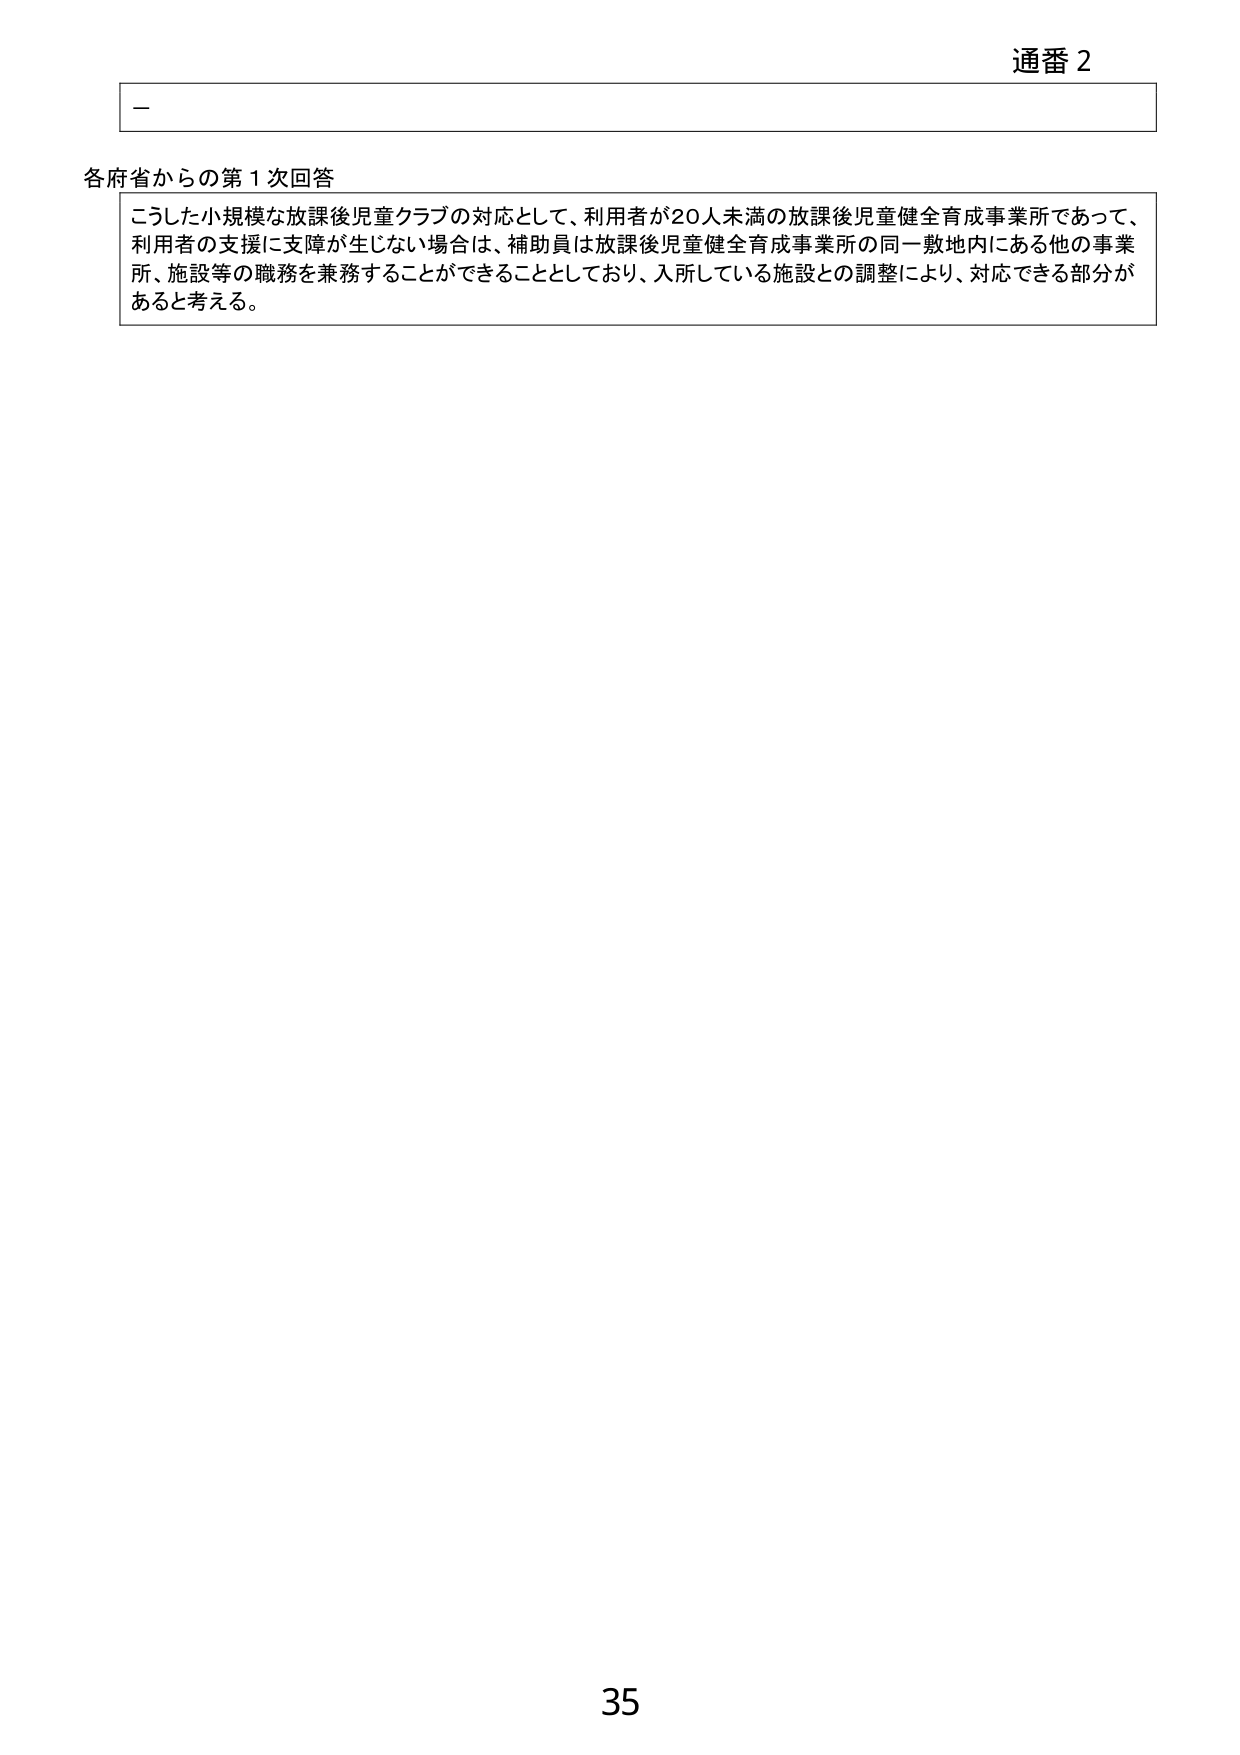
通番 2

－

各府省からの第1次回答

こうした小規模な放課後児童クラブの対応として、利用者が20人未満の放課後児童健全育成事業所であって、
利用者の支援に支障が生じない場合は、補助員は放課後児童健全育成事業所の同一敷地内にある他の事業
所、施設等の職務を兼務することができることとしており、入所している施設との調整により、対応できる部分が
あると考える。

35